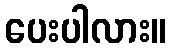
ပေးပါလား။